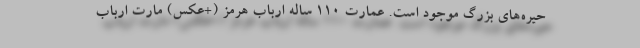
حیره‌های بزرگ موجود است. عمارت 110 ساله ارباب هرمز (+عکس) مارت ارباب